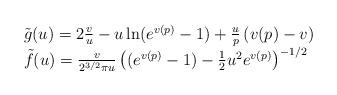
LaTeX: \begin{align*}{}\begin{array}{l}\tilde{g}(u) = 2\frac{v}{u} - u \ln (e^{v(p)}-1) + \frac{u}{p} \left ( v(p)-v \right ) \\\tilde{f}(u) = \frac{v}{2^{3/2} \pi u } \left ( (e^{v(p)}-1) - \frac{1}{2} u^2 e^{v(p)} \right)^{-1/2}\end{array}\end{align*}